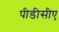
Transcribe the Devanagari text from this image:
पीडीसीए